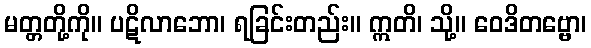
မတ္တတို့ကို။ ပဋိလာဘော၊ ရခြင်းတည်း။ ဣတိ၊ သို့။ ဝေဒိတဗ္ဗော၊